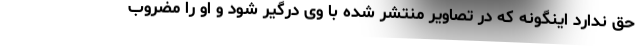
حق ندارد اینگونه که در تصاویر منتشر شده با وی درگیر شود و او را مضروب